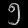
Digit: ၅